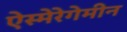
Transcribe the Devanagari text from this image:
ऐस्मेरेगेमीन